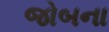
જોબના